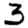
Digit: 3